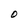
Character: O